Indian Medical Review
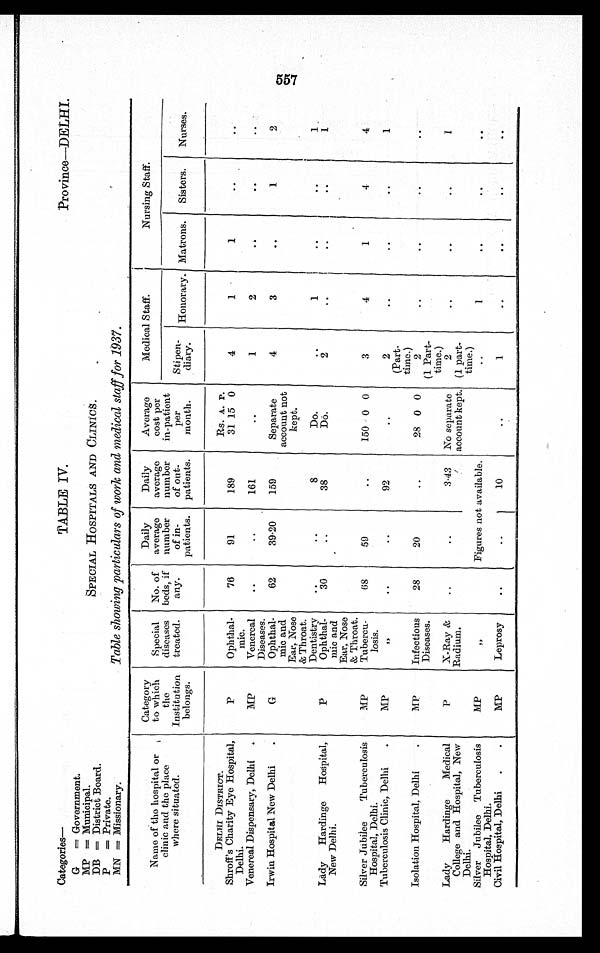
Province—DELHI.
Categories
G Government.
MP = Municipal.
DB = District Board.
P = Private.
MN = Missionary.
TABLE IV.
SPECIAL HOSPITALS AND CLINICS.
Table showing particulars of work and medical staff for 1937.
Name of the hospital or
clinic and the place
where situated.
Category to which the
Institution belongs.
I
Special
diseases treated.
No. of
beds, if
any.
Daily
average
number of in-
patients.
Daily
aversge
number of out-
patients.
Average cost per
in-patient per
month.
Medical Staff.
Nursing Staff.
Stipen- Honorary. Matrons. Sisters. Nurses.
diary.
DELHI DISTRICT.
Shroff' s Charity Eye Hospital,
Delhi.
P
Ophtha- mic.
76 91
189
Rs. 31 A.
15 1' .
0
4
1
1
Venereal Dispensary, Delhi
MP Venereal
Diseases.
161
1
2
Irwin Hospital New Delhi .
G
Ophthal- mic and
Ear, Nose
& Throat.
62 39.20 159
Separate
account not
kept.
4
3
1
2
Dentistry
8
Do.
1
Lady Hardinge Hospital,
N e w D e l h i .
P
Ophthal- mic and
Ear, Nose
30
38
Do.
2
Silver Jubilee Tuberculosis
Hospital, Delhi.
MP & Throat.
Tubercu- losis.
6 8 59
150 0 0
3
4
1
4.
4
Tuberculosis Clinic, Delhi . MP
92
2
1
Isolation Hospital, Delhi . MP Infectious Diseases. 28 20
28 0 0
(Part-
time.) 2
(1 Part-
Lady Hardinge Medical
College and Hospital, New
Delhi.
P
X-Ray &
Radium.
3. 43 No separate
account kept.
time.) 2
(1 part-
time.)
1
Silver Jubilee Tuberculosis MP
Figures not available.
1
Hospital, Delhi.
Civil Hospital, Delhi
MP Leprosy
10
1